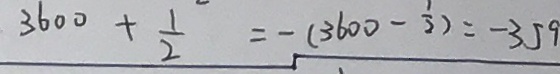
3 6 0 0 + \frac { 1 } { 2 } = - ( 3 6 0 0 - \frac { 1 } { 2 } ) = - 3 5 9